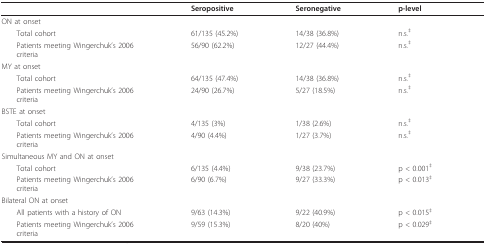
<table><thead><tr><td></td><td><b>Seropositive</b></td><td><b>Seronegative</b></td><td><b>p-level</b></td></tr></thead><tbody><tr><td>ON at onset</td><td></td><td></td><td></td></tr><tr><td> Total cohort</td><td>61/135 (45.2%)</td><td>14/38 (36.8%)</td><td>n.s.<sup>‡</sup></td></tr><tr><td> Patients meeting Wingerchuk&#x27;s 2006criteria</td><td>56/90 (62.2%)</td><td>12/27 (44.4%)</td><td>n.s.<sup>‡</sup></td></tr><tr><td>MY at onset</td><td></td><td></td><td></td></tr><tr><td> Total cohort</td><td>64/135 (47.4%)</td><td>14/38 (36.8%)</td><td>n.s.<sup>‡</sup></td></tr><tr><td> Patients meeting Wingerchuk&#x27;s 2006criteria</td><td>24/90 (26.7%)</td><td>5/27 (18.5%)</td><td>n.s.<sup>‡</sup></td></tr><tr><td>BSTE at onset</td><td></td><td></td><td></td></tr><tr><td> Total cohort</td><td>4/135 (3%)</td><td>1/38 (2.6%)</td><td>n.s.<sup>‡</sup></td></tr><tr><td> Patients meeting Wingerchuk&#x27;s 2006criteria</td><td>4/90 (4.4%)</td><td>1/27 (3.7%)</td><td>n.s.<sup>‡</sup></td></tr><tr><td>Simultaneous MY and ON at onset</td><td></td><td></td><td></td></tr><tr><td> Total cohort</td><td>6/135 (4.4%)</td><td>9/38 (23.7%)</td><td>p &lt; 0.001<sup>‡</sup></td></tr><tr><td> Patients meeting Wingerchuk&#x27;s 2006criteria</td><td>6/90 (6.7%)</td><td>9/27 (33.3%)</td><td>p &lt; 0.013<sup>‡</sup></td></tr><tr><td>Bilateral ON at onset</td><td></td><td></td><td></td></tr><tr><td> All patients with a history of ON</td><td>9/63 (14.3%)</td><td>9/22 (40.9%)</td><td>p &lt; 0.015<sup>‡</sup></td></tr><tr><td> Patients meeting Wingerchuk&#x27;s 2006criteria</td><td>9/59 (15.3%)</td><td>8/20 (40%)</td><td>p &lt; 0.029<sup>‡</sup></td></tr></tbody></table>